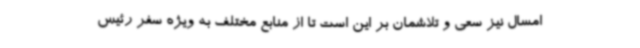
امسال نیز سعی و تلاشمان بر این است تا از منابع مختلف به ویژه سفر رئیس